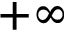
+ \infty